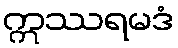
ဣဿရမဒံ